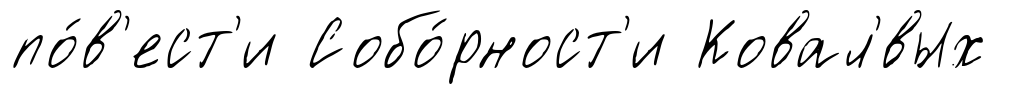
по́в'ест'и Собо́рност'и Ковал'́вых